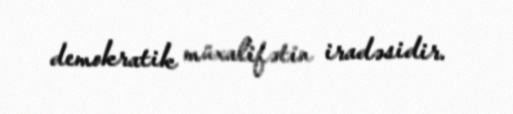
demokratik müxalifətin iradəsidir.